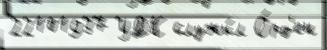
22101937 УДК служи́л О́рд'ен